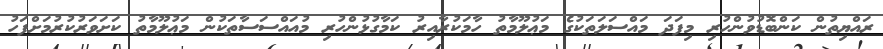
ރައްޔިތުން ކަންބޮޑުވުންހުރި މިފަދަ މައްސަލަތަކުގެ މަޢުލޫމާތު ހާމަކުރާއިރު ކަމާގުޅުންހުރި މުއައްސަސާތަކުން މަޢުލޫމާތު ކަށަވަރުކުރުމަށްފަހު